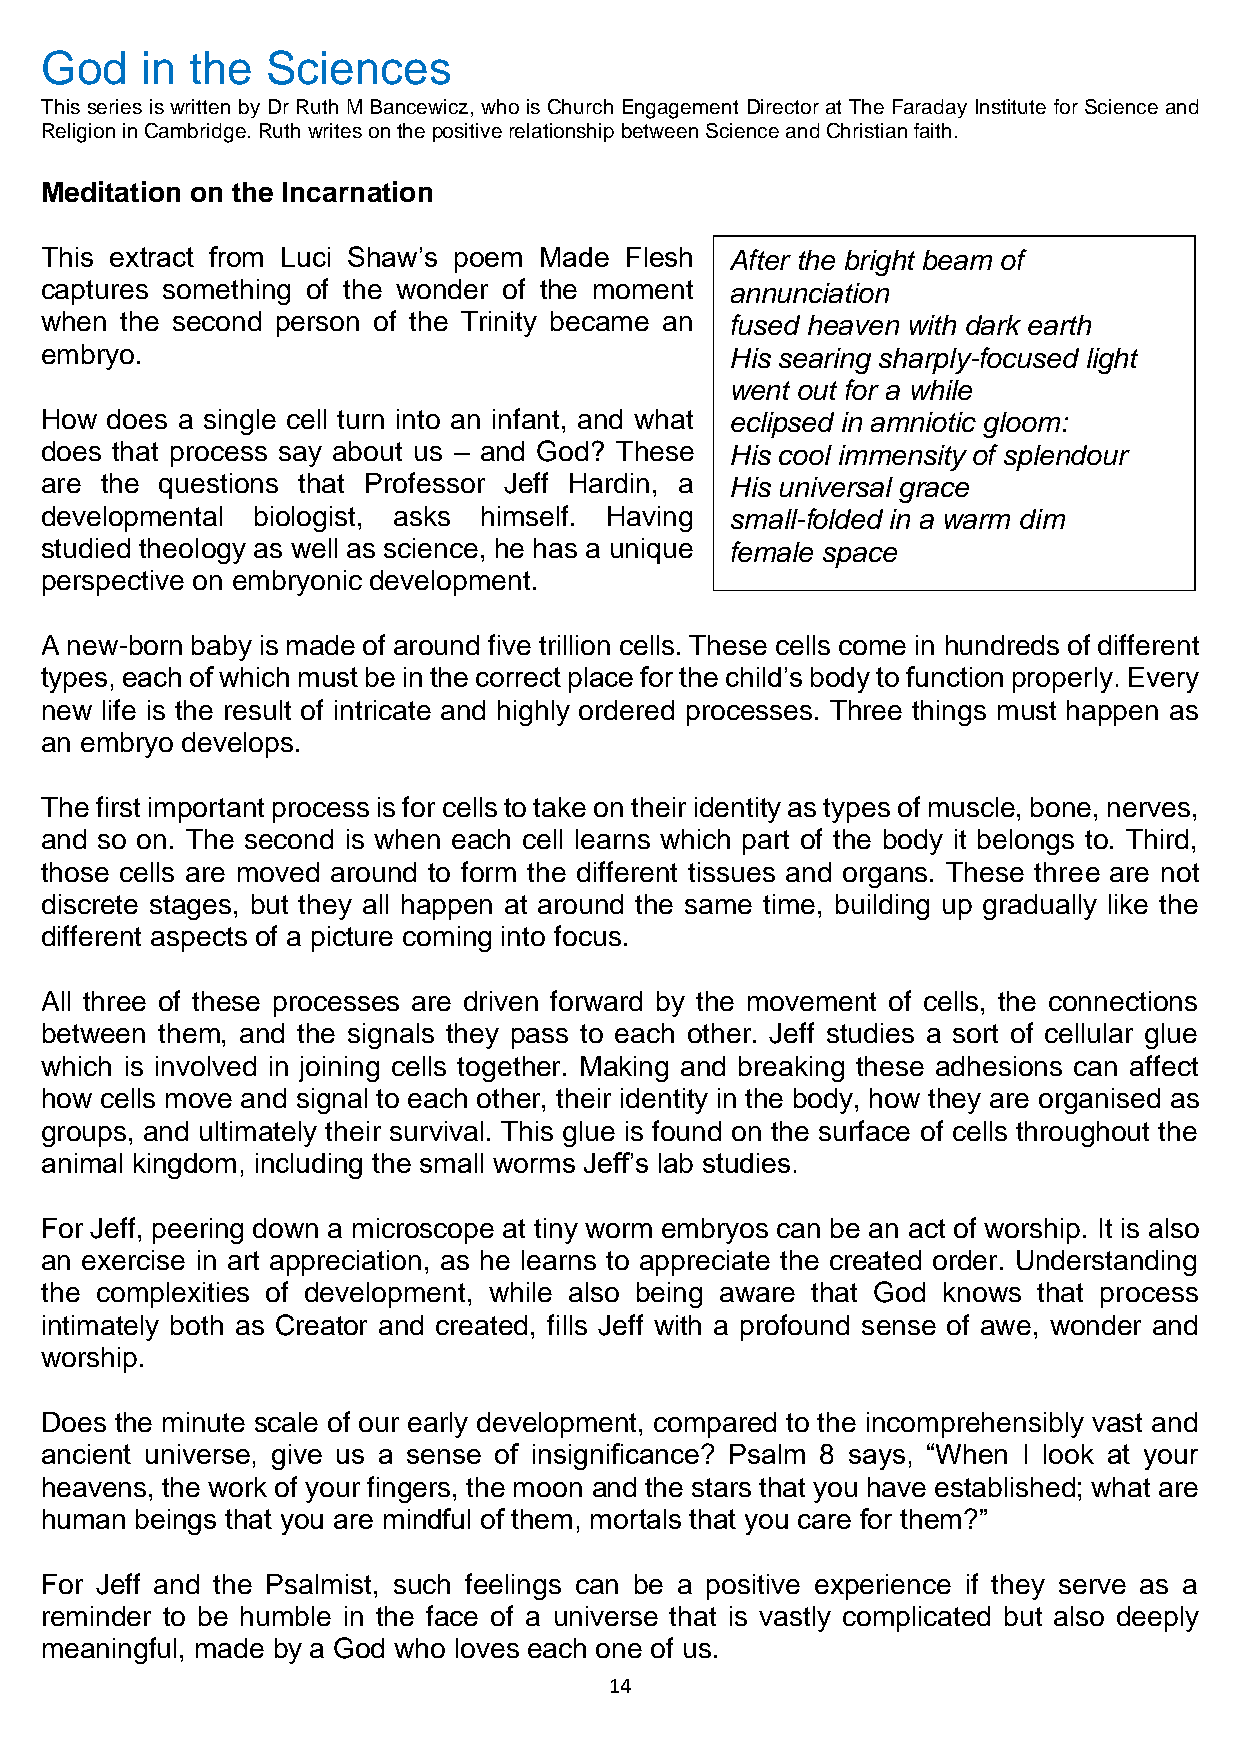
God   in  the  Sciences
 This series is written by Dr Ruth M Bancewicz, who is Church Engagement Director at The Faraday Institute for Science and
 Religion in Cambridge. Ruth writes on the positive relationship between Science and Christian faith.
 Meditation on the Incarnation
 This extract from Luci Shaw’s poem Made Flesh After the bright beam of
 captures something of the wonder of the moment annunciation
 when the second person of the Trinity became an fused heaven with dark earth
 embryo.                                      His searing sharply-focused light
 went out for a while
 How does a single cell turn into an infant, and what eclipsed in amniotic gloom:
 does that process say about us – and God? These His cool immensity of splendour
 are the questions that Professor Jeff Hardin, a His universal grace
 developmental biologist, asks himself. Having small-folded in a warm dim
 studied theology as well as science, he has a unique female space
 perspective on embryonic development.
 A new-born baby is made of around five trillion cells. These cells come in hundreds of different
 types, each of which must be in the correct place for the child’s body to function properly. Every
 new life is the result of intricate and highly ordered processes. Three things must happen as
 an embryo develops.
 The first important process is for cells to take on their identity as types of muscle, bone, nerves,
 and so on. The second is when each cell learns which part of the body it belongs to. Third,
 those cells are moved around to form the different tissues and organs. These three are not
 discrete stages, but they all happen at around the same time, building up gradually like the
 different aspects of a picture coming into focus.
 All three of these processes are driven forward by the movement of cells, the connections
 between them, and the signals they pass to each other. Jeff studies a sort of cellular glue
 which is involved in joining cells together. Making and breaking these adhesions can affect
 how cells move and signal to each other, their identity in the body, how they are organised as
 groups, and ultimately their survival. This glue is found on the surface of cells throughout the
 animal kingdom, including the small worms Jeff’s lab studies.
 For Jeff, peering down a microscope at tiny worm embryos can be an act of worship. It is also
 an exercise in art appreciation, as he learns to appreciate the created order. Understanding
 the complexities of development, while also being aware that God knows that process
 intimately both as Creator and created, fills Jeff with a profound sense of awe, wonder and
 worship.
 Does the minute scale of our early development, compared to the incomprehensibly vast and
 ancient universe, give us a sense of insignificance? Psalm 8 says, “When I look at your
 heavens, the work of your fingers, the moon and the stars that you have established; what are
 human beings that you are mindful of them, mortals that you care for them?”
 For Jeff and the Psalmist, such feelings can be a positive experience if they serve as a
 reminder to be humble in the face of a universe that is vastly complicated but also deeply
 meaningful, made by a God who loves each one of us.
 14